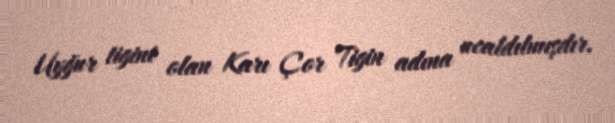
Uyğur tigini olan Karı Çor Tigin adına ucaldılmışdır.